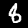
Label: 8